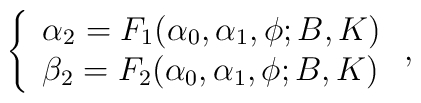
\left\{\begin{array}{ll}\alpha_2=F_1(\alpha_0,\alpha_1,\phi;B,K)\\\beta_2=F_2(\alpha_0,\alpha_1,\phi;B,K)\end{array}\right. ,